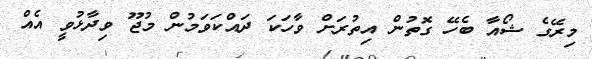
މިރޭގެ ޝޯއާ ބެހޭ ގޮތުން އިތުރަށް ވާހަކަ ދައްކަވަމުން މުޖޫ ވިދާޅުވީ އެއް